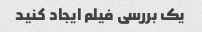
یک بررسی فیلم ایجاد کنید